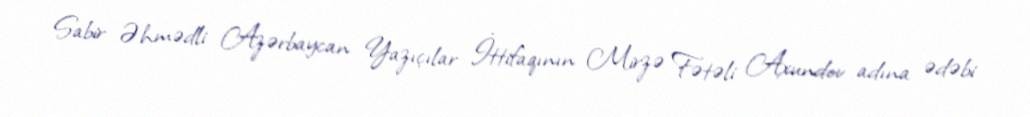
Sabir Əhmədli Azərbaycan Yazıçılar İttifaqının Mirzə Fətəli Axundov adına ədəbi